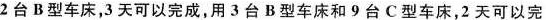
2台B型车床，3天可以完成，用3台B型车床和9台C型车床，2天可以完